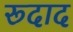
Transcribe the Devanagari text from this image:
रूदाद